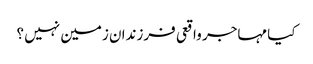
کیا مہاجر واقعی فرزندان زمین نہیں ؟